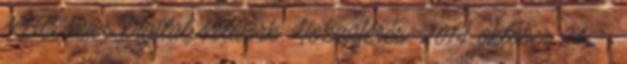
NBC News Digital Network. Hozzáférés: 2014. október 24. ↑